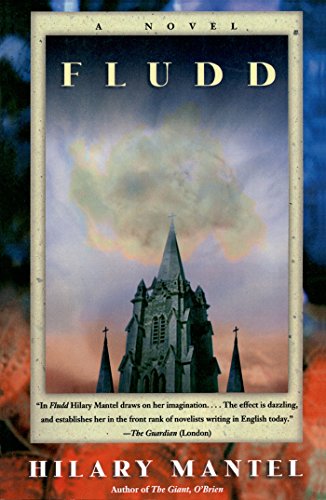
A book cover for Fludd: A Novel; Hilary Mantel; Literature & Fiction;